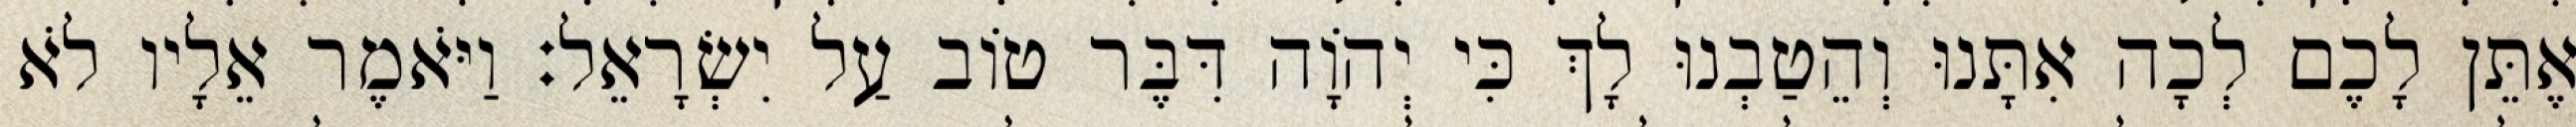
אֶתֵּן לָכֶם לְכָה אִתָּנוּ וְהֵטַבְנוּ לָךְ כִּי יְהוָֹה דִּבֶּר טוֹב עַל יִשְׂרָאֵל׃ וַיֹּאמֶר אֵלָיו לֹא